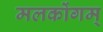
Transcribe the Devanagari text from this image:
मलकोंगम्